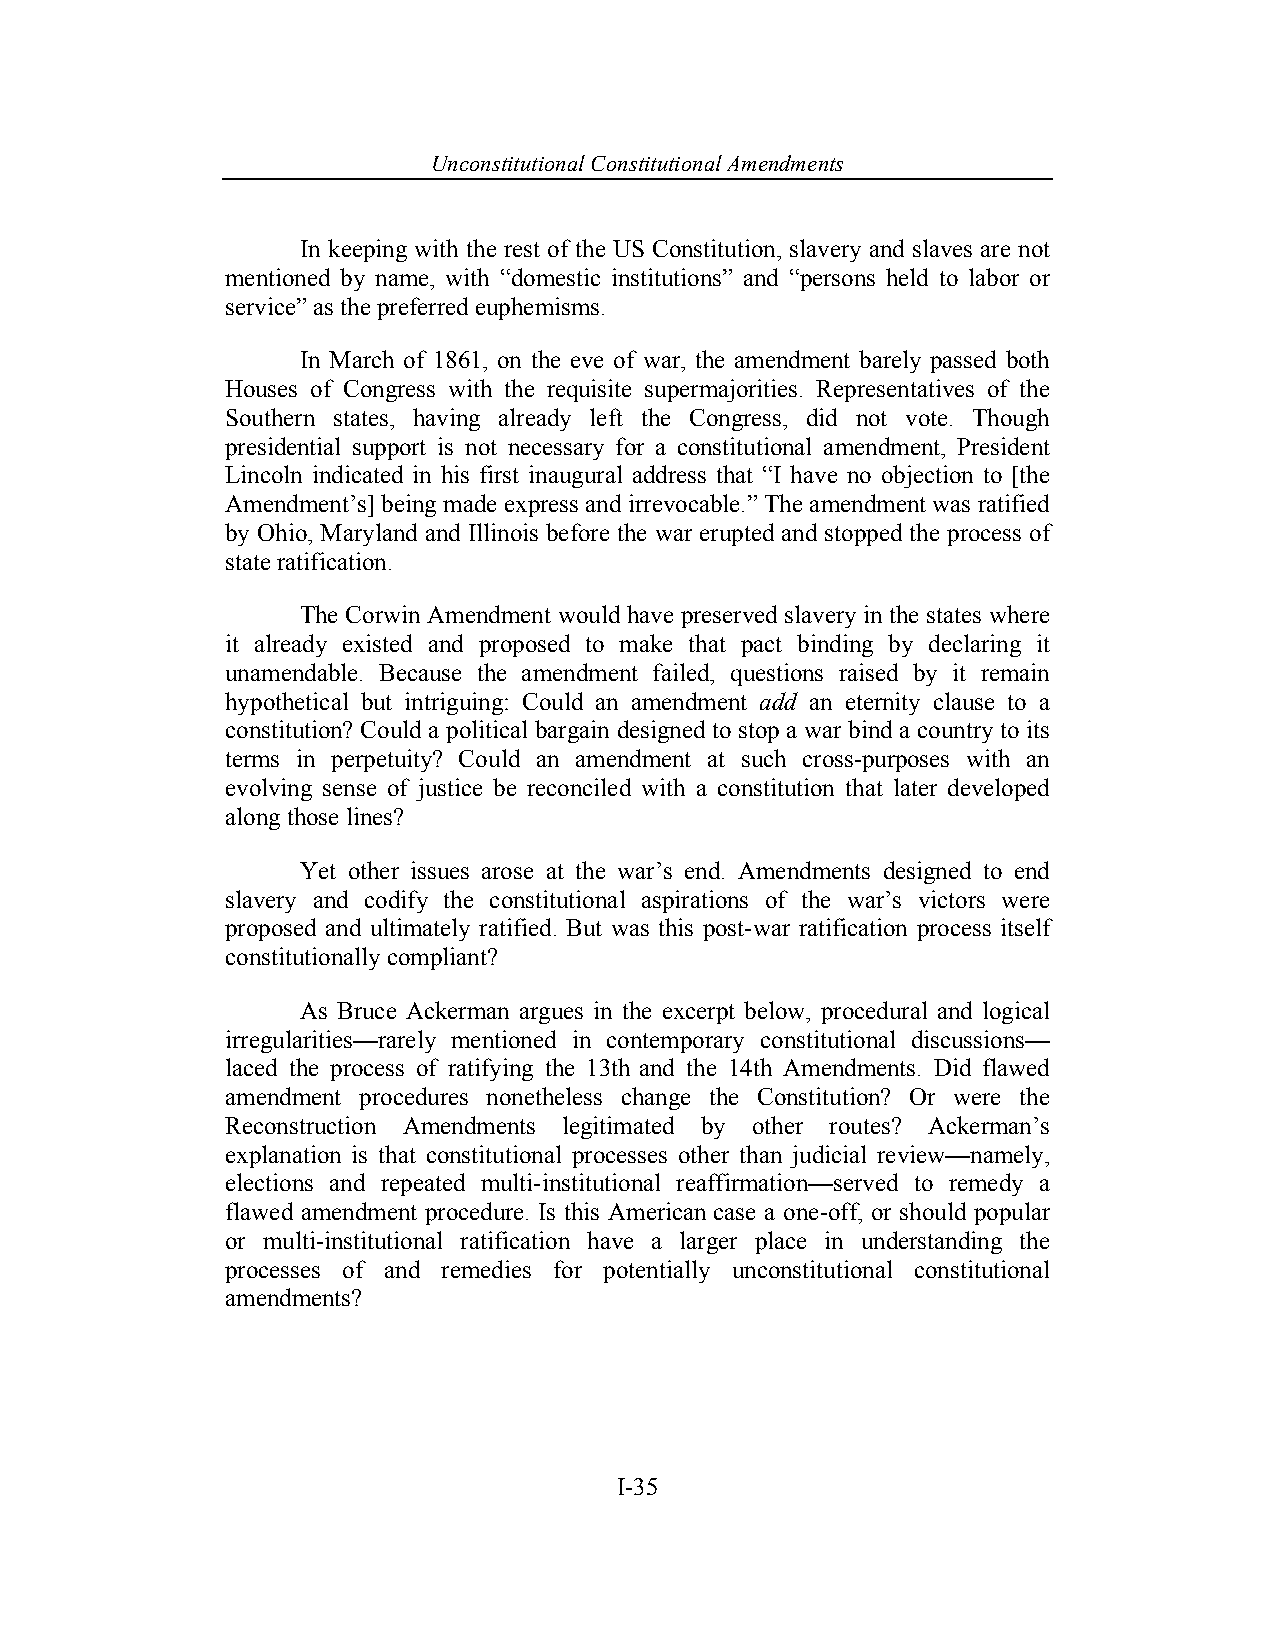
Unconstitutional Con stitutional Amendments
 In keeping with the rest of the US Constitution, slavery and slaves are not
 mentioned by name, with “domestic institutions” and “persons held to labor or
 service” as the preferred euphemisms.
 In March of 1861, on the eve of war, the amendment barely passed both
 Houses of Congress with the requisite supermajorities. Representatives of the
 Southern states, having already left the Congress, did not vote. Though
 presidential support is not necessary for a constitutional amendment, President
 Lincoln indicated in his first inaugural address that “I have no objection to [the
 Amendment’s] being made express and irrevocable.” The amendment was ratified
 by Ohio, Maryland and Illinois before the war erupted and stopped the process of
 state ratification.
 The Corwin Amendment would have preserved slavery in the states where
 it already existed and proposed to make that pact binding by declaring it
 unamendable. Because the amendment failed, questions raised by it remain
 hypothetical but intriguing: Could an amendment add an eternity clause to a
 constitution? Could a political bargain designed to stop a war bind a country to its
 terms in perpetuity? Could an amendment at such cross-purposes with an
 evolving sense of justice be reconciled with a constitution that later developed
 along those lines?
 Yet other issues arose at the war’s end. Amendments designed to end
 slavery and codify the constitutional aspirations of the war’s victors were
 proposed and ultimately ratified. But was this post-war ratification process itself
 constitutionally compliant?
 As Bruce Ackerman argues in the excerpt below, procedural and logical
 irregularities—rarely mentioned in contemporary constitutional discussions—
 laced the process of ratifying the 13th and the 14th Amendments. Did flawed
 amendment procedures nonetheless change the Constitution? Or were the
 Reconstruction Amendments legitimated by other routes? Ackerman’s
 explanation is that constitutional processes other than judicial review—namely,
 elections and repeated multi-institutional reaffirmation—served to remedy a
 flawed amendment procedure. Is this American case a one-off, or should popular
 or multi-institutional ratification have a larger place in understanding the
 processes of and remedies for potentially unconstitutional constitutional
 amendments?
 I-35